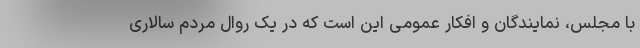
با مجلس، نمایندگان و افکار عمومی این است که در یک روال مردم سالاری